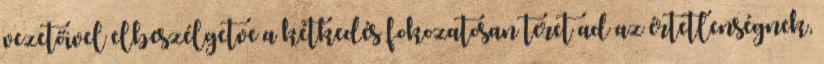
vezetőivel elbeszélgetve a kétkedés fokozatosan teret ad az értetlenségnek,